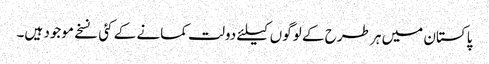
پاکستان میں ہر طرح کے لوگوں کیلئے دولت کمانے کے کئی نسخے موجود ہیں۔